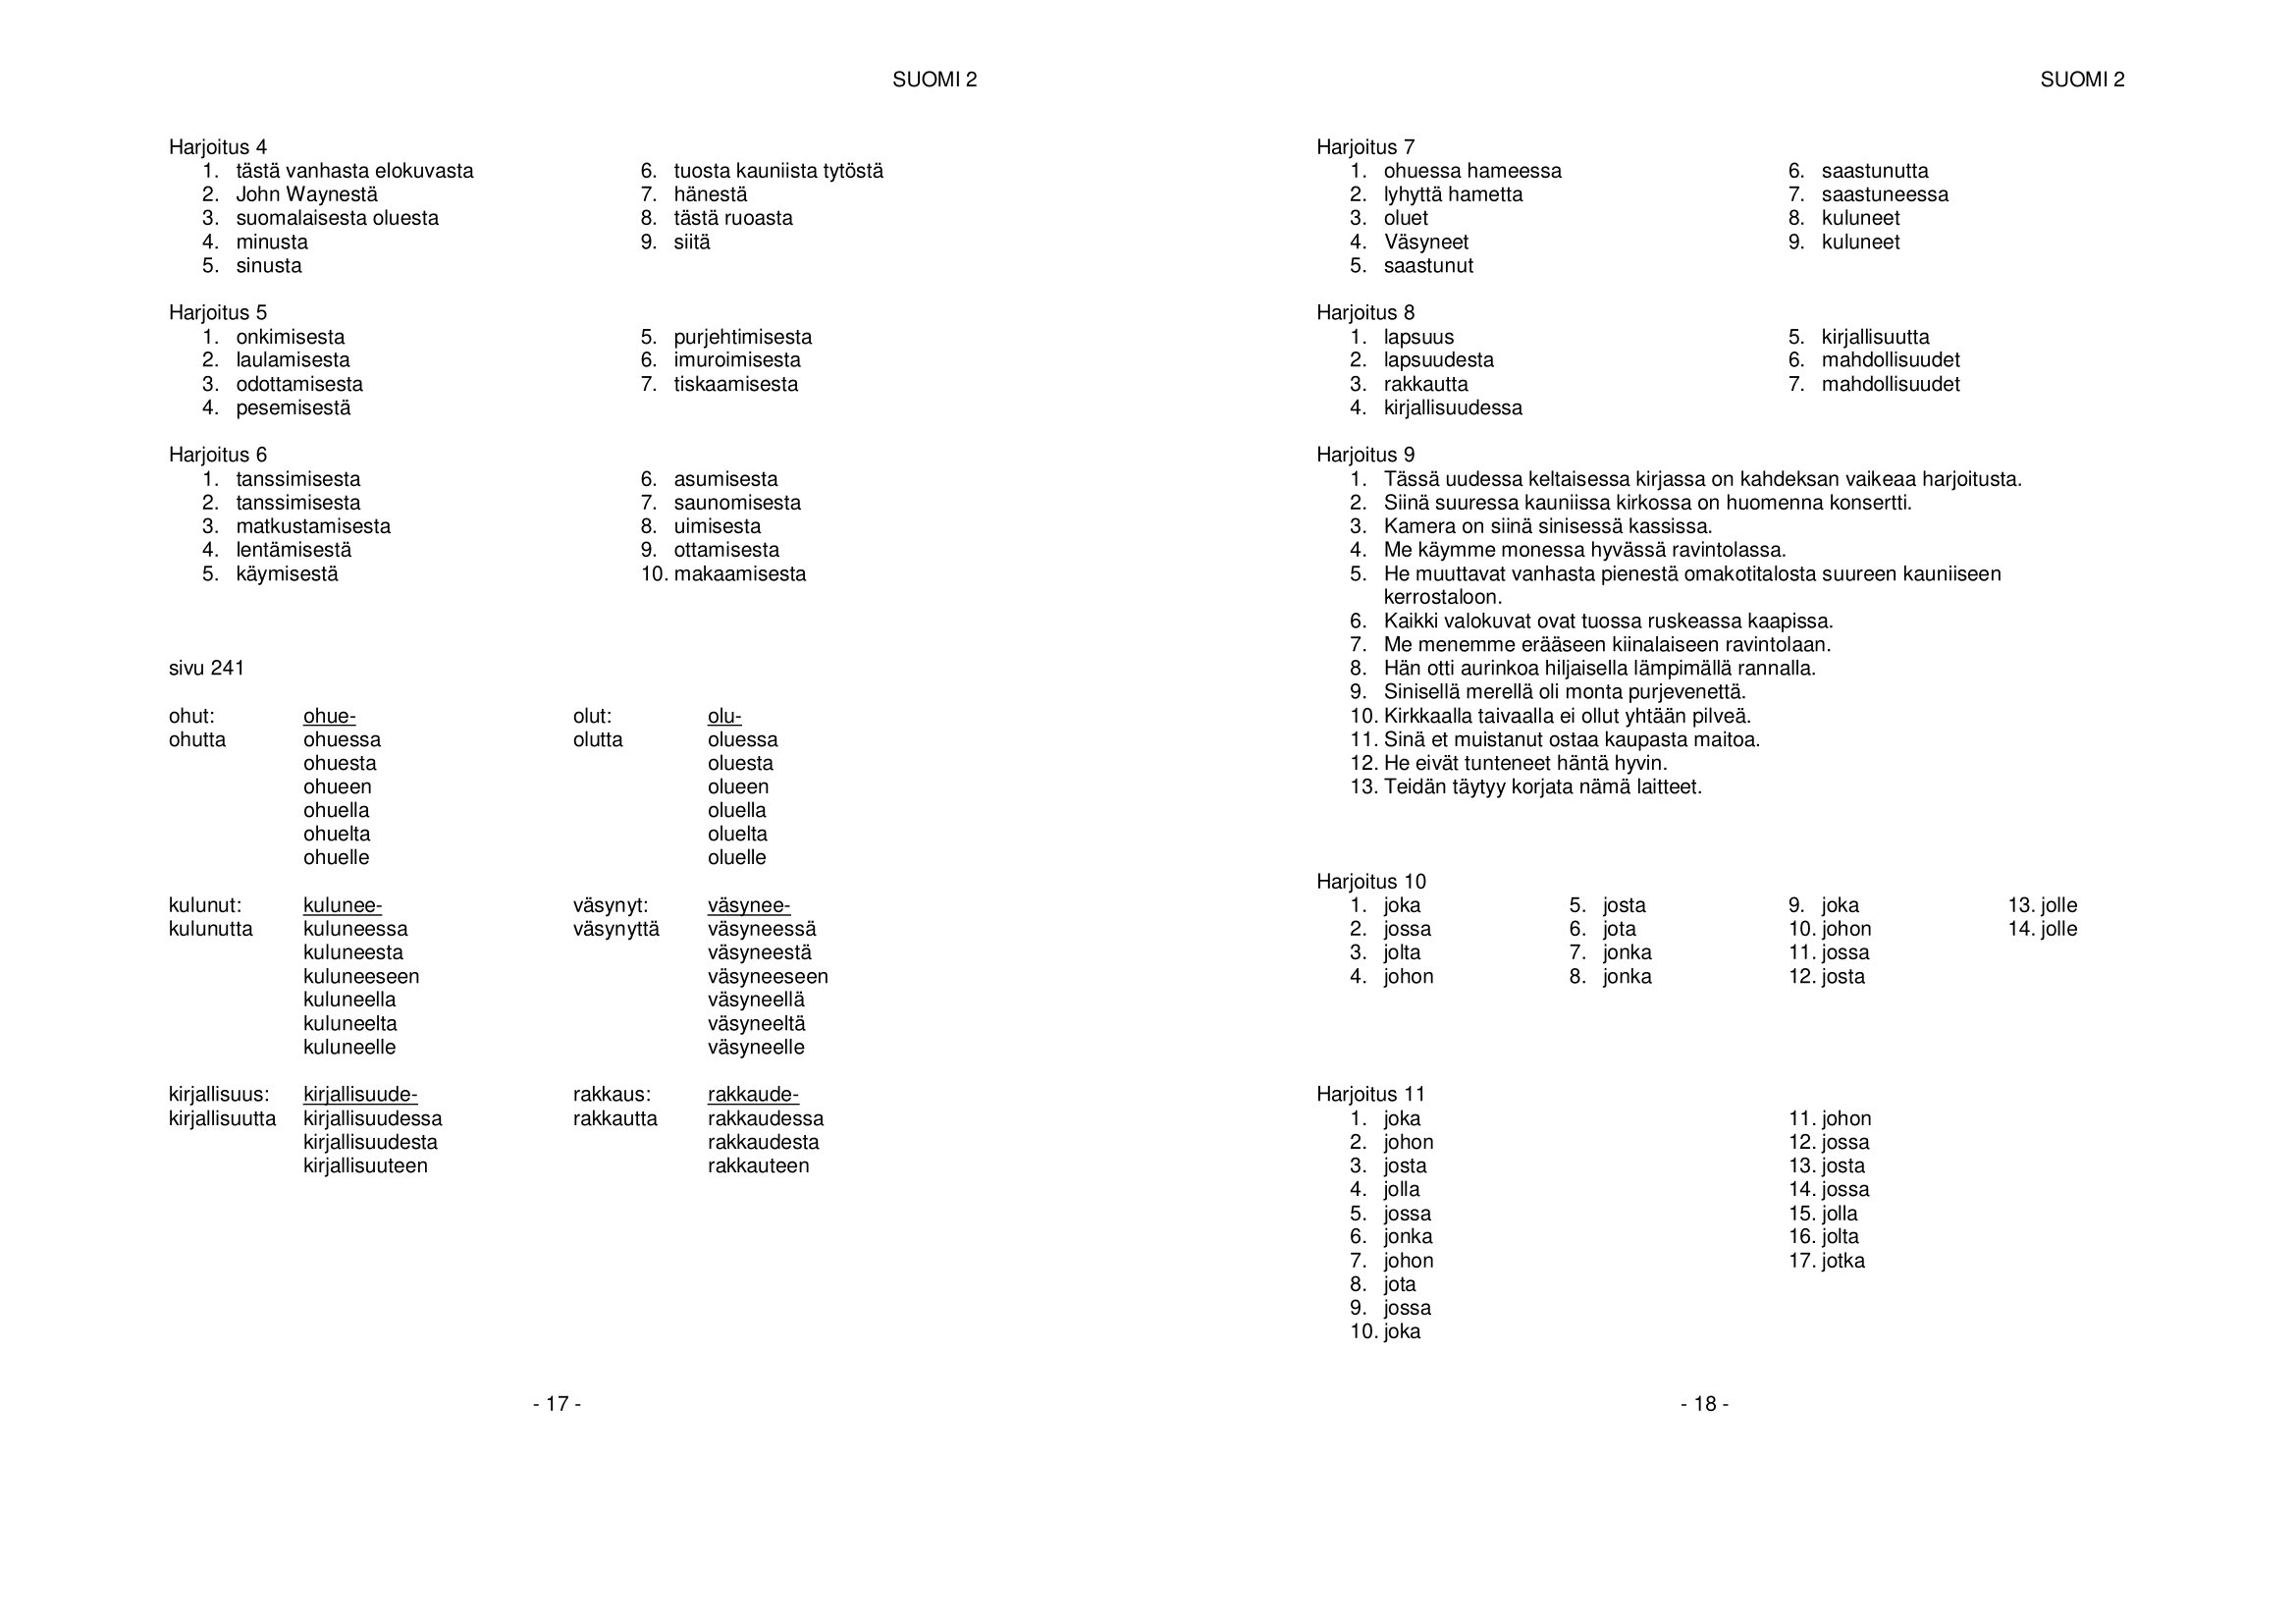
Language: fn